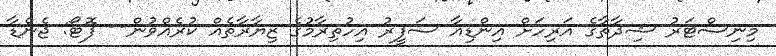
މިނިސްޓަރު ޝިދާތާގެ އަރިހަށް އިންޑިއާ ސަފީރު އިހުތިރާމުގެ ޒިޔާރާތެއް ކުރެއްވުން-- ފޮޓޯ: ޖެންޑާ